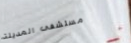
مستشفى المدينة